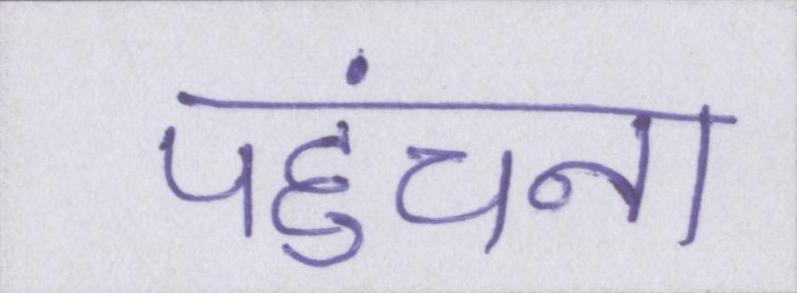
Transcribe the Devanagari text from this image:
पहुंचना